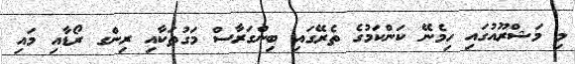
މި މަޝްރޫއުގައި ހިމެނޭ ކަންކަމުގެ ތެރޭގައި ބިންގަރާސް މަގުތަކާއި ރިންގ ރޯޑާއި މައި